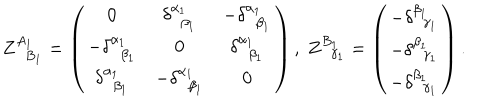
LaTeX: Z _ { \; \; B _ { 1 } } ^ { A _ { 1 } } = \left( \begin{array} { c c c } { { \mathbf { 0 } } } & { { \delta _ { \; \; \beta _ { 1 } } ^ { \alpha _ { 1 } } } } & { { - \delta _ { \; \; \beta _ { 1 } } ^ { \alpha _ { 1 } } } } \\ { { - \delta _ { \; \; \beta _ { 1 } } ^ { \alpha _ { 1 } } } } & { { \mathbf { 0 } } } & { { \delta _ { \; \; \beta _ { 1 } } ^ { \alpha _ { 1 } } } } \\ { { \delta _ { \; \; \beta _ { 1 } } ^ { \alpha _ { 1 } } } } & { { - \delta _ { \; \; \beta _ { 1 } } ^ { \alpha _ { 1 } } } } & { { \mathbf { 0 } } } \\ \end{array} \right) , \; Z _ { \; \; \gamma _ { 1 } } ^ { B _ { 1 } } = \left( \begin{array} { c } { { - \delta _ { \; \; \gamma _ { 1 } } ^ { \beta _ { 1 } } } } \\ { { - \delta _ { \; \; \gamma _ { 1 } } ^ { \beta _ { 1 } } } } \\ { { - \delta _ { \; \; \gamma _ { 1 } } ^ { \beta _ { 1 } } } } \\ \end{array} \right) .